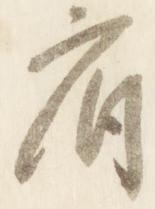
府